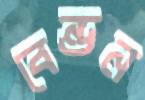
বেন্ডন